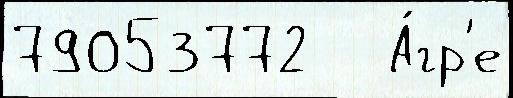
79053772   А́гр'е